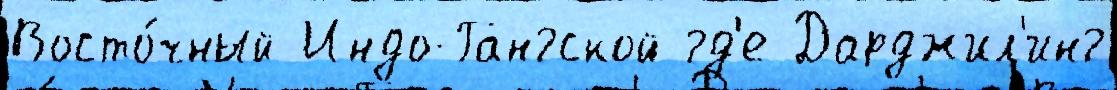
Восто́чный Индо-Гангской гд'е Дарджил'инг